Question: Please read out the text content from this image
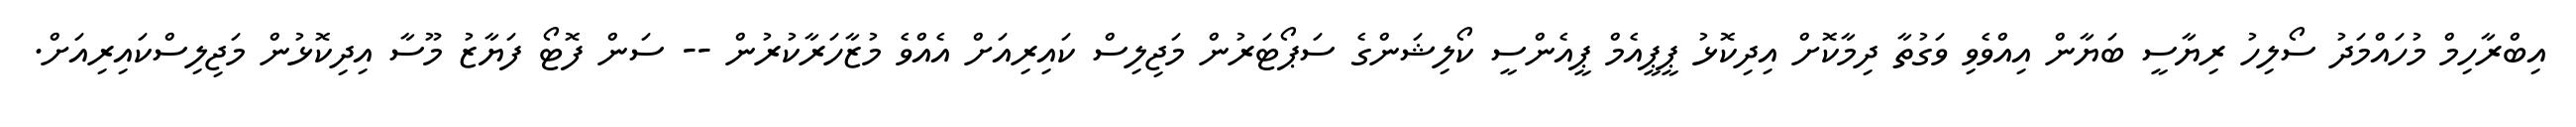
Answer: އިބްރާހިމް މުހައްމަދު ސޯލިހު ރިޔާސީ ބަޔާން އިއްވެވި ވަގުތާ ދިމާކޮށް އިދިކޮޅު ޕީޕީއެމް ޕީއެންސީ ކޯލިޝަންގެ ސަޕޯޓަރުން މަޖިލިސް ކައިރިއަށް އެއްވެ މުޒާހަރާކުރުން -- ސަން ފޮޓޯ ފަޔާޒު މޫސާ އިދިކޮޅުން މަޖިލިސްކައިރިއަށް.